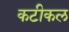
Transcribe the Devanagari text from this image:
कटीकल